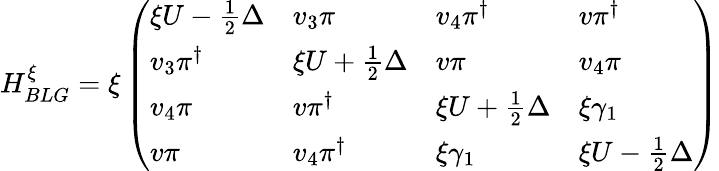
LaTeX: H_{BLG}^{\xi}=\xi\left(\begin{array}{llll}{\xi U-\frac{1}{2}\Delta}&{v_{3}\pi}&{v_{4}\pi^{\dagger}}&{v\pi^{\dagger}}\\ {v_{3}\pi^{\dagger}}&{\xi U+\frac{1}{2}\Delta}&{v\pi}&{v_{4}\pi}\\ {v_{4}\pi}&{v\pi^{\dagger}}&{\xi U+\frac{1}{2}\Delta}&{\xi\gamma_{1}}\\ {v\pi}&{v_{4}\pi^{\dagger}}&{\xi\gamma_{1}}&{\xi U-\frac{1}{2}\Delta}\end{array}\right)